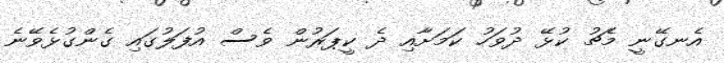
އެނގޭނީ މެޗު ކުޅޭ ދުވަހު ކަމަށާއި ދެ ކީޕަރުން ވެސް އުފަލުގައި ގެންގުޅެވޭނެ